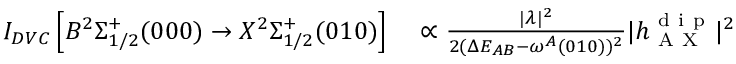
\begin{array} { r l } { I _ { D V C } \left[ B ^ { 2 } \Sigma _ { 1 / 2 } ^ { + } ( 0 0 0 ) \rightarrow X ^ { 2 } \Sigma _ { 1 / 2 } ^ { + } ( 0 1 0 ) \right] } & { { } \propto \frac { | \lambda | ^ { 2 } } { 2 ( \Delta E _ { A B } - \omega ^ { A } ( 0 1 0 ) ) ^ { 2 } } | h _ { \mathrm { ~ A ~ X ~ } } ^ { \mathrm { ~ d ~ i ~ p ~ } } | ^ { 2 } } \end{array}